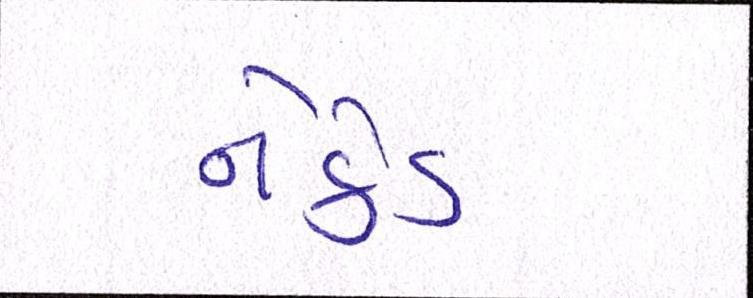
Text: નેકેડ